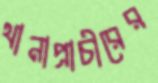
থানাপ্রাচীরের